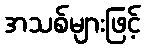
အသစ်များဖြင့်